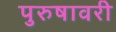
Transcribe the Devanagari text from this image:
पुरुषावरी